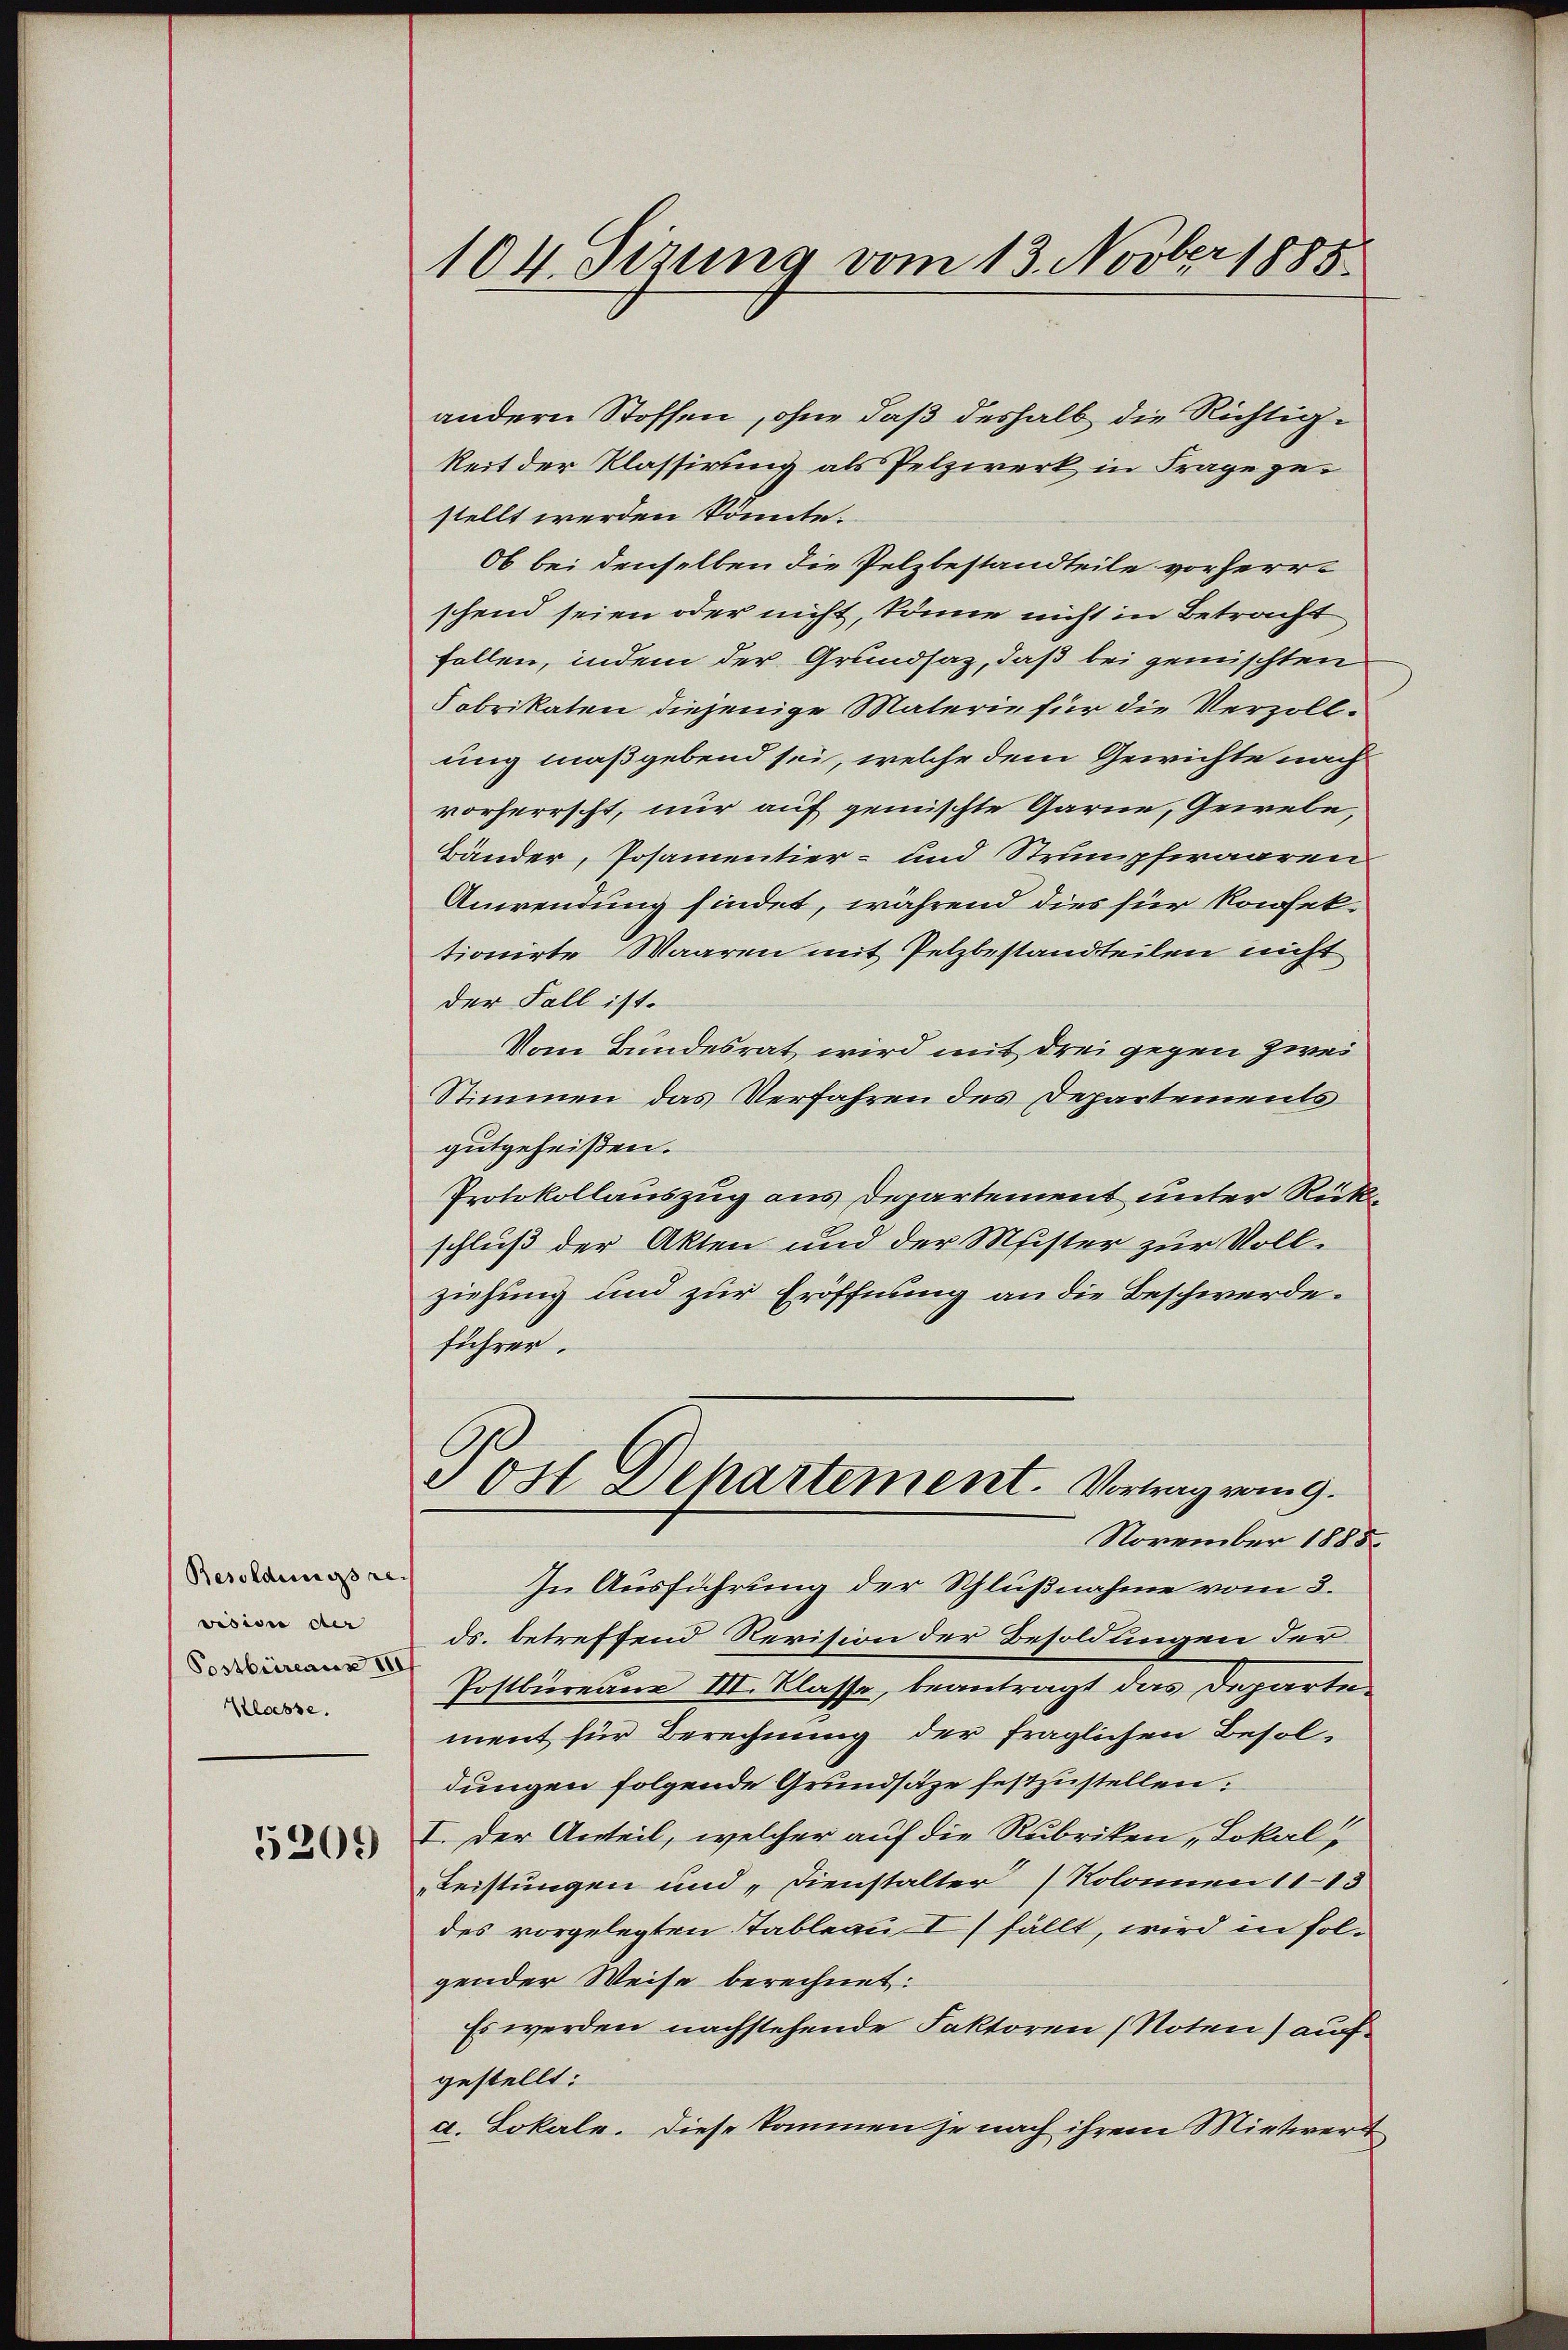
Besoldungsre- |
vision der
Postbüreaus III
Klochse.

5209

104. Sizung vom 13. Novber 1885

andern Stoffen, ohne daß deshalb die Richtigkeit der Klassirung als Pelzwerk in Frage gestellt werden könnte.
Ob bei denselben die Pelzbestandteile vorherrschend seien oder nicht, könne nicht in Betracht
fallen, indem der Grundsaz, daß bei gemischten
Fabrikaten diejenige Materie für die Verzollung maßgebend sei, welche dem Gewichte nach
vorherrscht, nur auf gemischte Garne, Gewebe,
Bänder, Posamentier- und Strumpfwaaren
Anwendung findet, während dies für Konfektionirte Waaren mit Pelzbestandteilen nicht
der Fall ist.
Vom Bundesrat wird mit drei gegen Zwei
Stimmen das Verfahren des Departements
gutgeheißen.
Protokollauszug aus Departement unter Rückschluß der Akten und der Meister zur Vollziehung und zur Eröffnung an die Beschwerde.
führer.
 ost Departement. Vortrag vom 9.
November 1885
In Ausführung der Schlußnahme vom 3.
ds. betreffend Revision der Besoldungen der
Postbureau III. Klasse, beantragt das Departement für Berechnung der fraglichen Besoldungen folgende Grundsätze festzustellen.
I. Der Anteil, welcher auf die Rubriken Lokal
Leistungen und „Dienstalter (Kolonnen 1113
des vorgelegten Tableau I fällt, wird in fol-
gender Weise berechnet:
Es werden nachstehende Faktoren (Noten) aufgestellt:
a. Lokale. Diese kommen je nach ihrem Mintwert